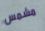
مشمس